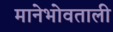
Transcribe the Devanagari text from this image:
मानेभोवताली